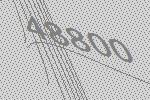
48800